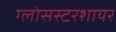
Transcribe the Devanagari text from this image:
ग्लोसस्टरशायर